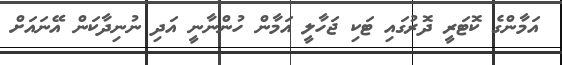
އަމާންގެ ކޮޓަރީ ދޮރުގައި ޓަކި ޖަހާލީ އަމާން ހުންނާނީ އަދި ނުނިދާކަން އޭނައަށް